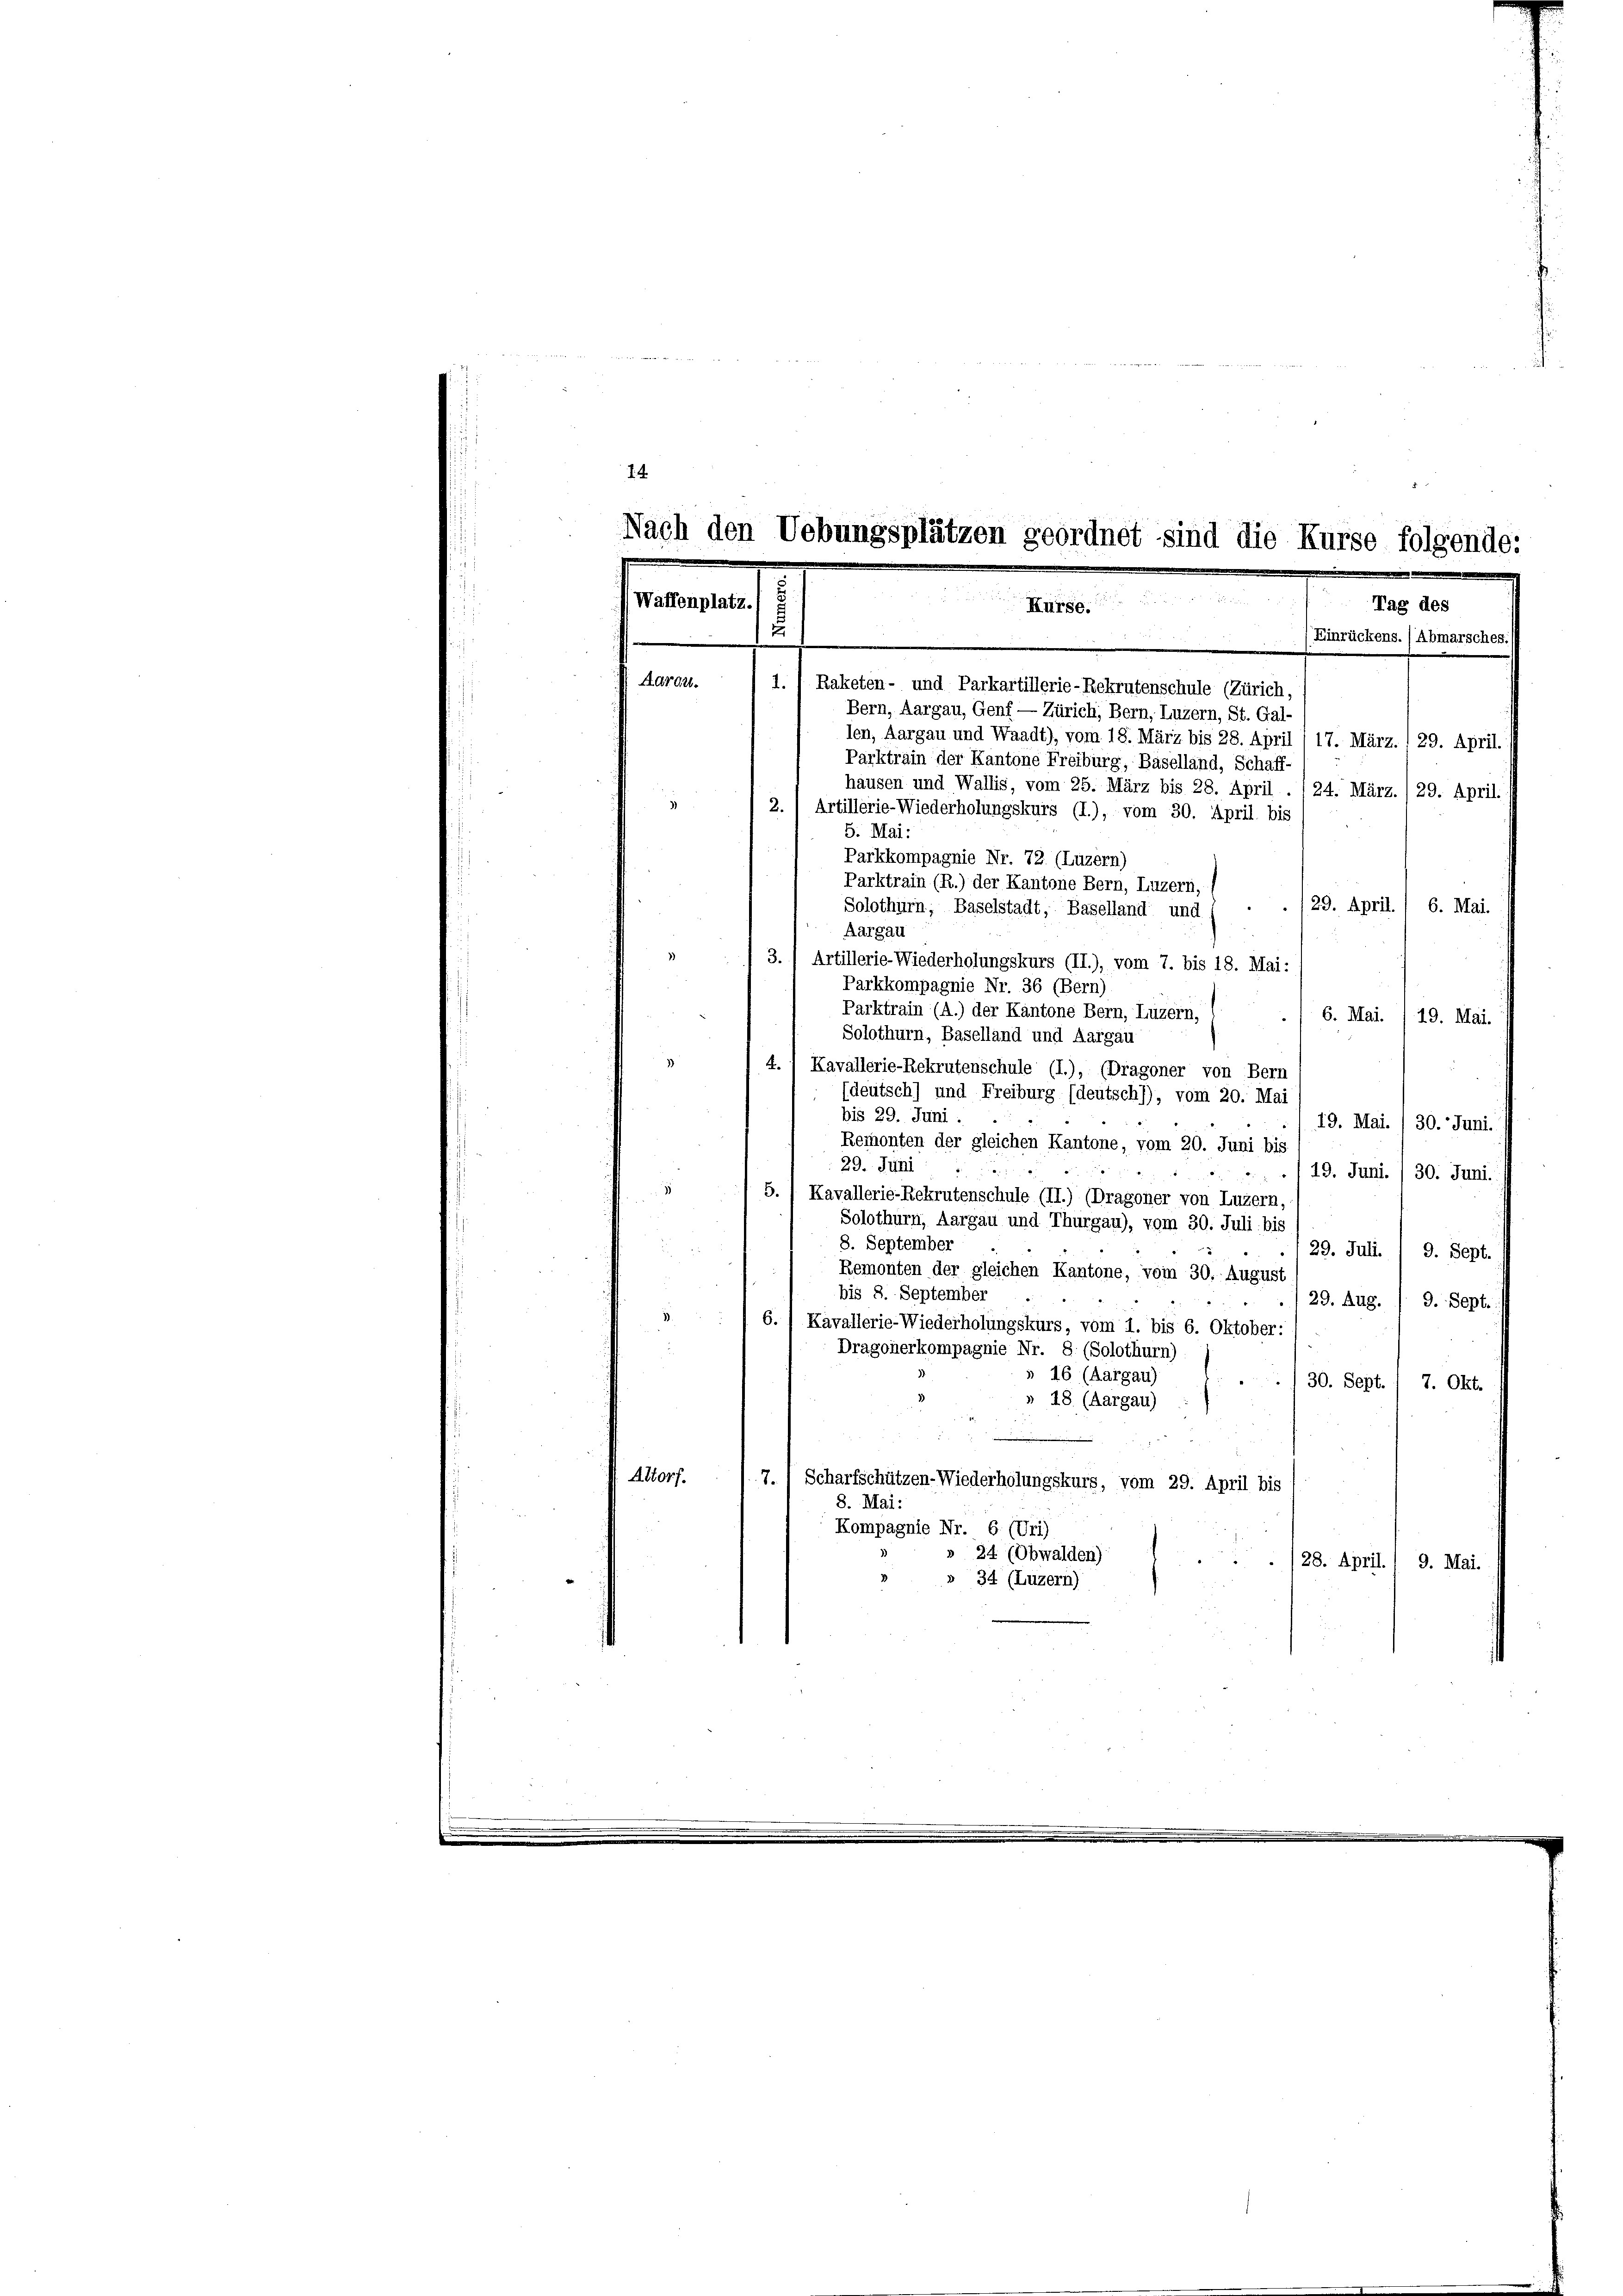
14
Nach den
Uebungsplätzen geordnet sind die Kurse folgende:

sement
Kürg.
Tag des
u
u
(Einrückens. (Abmarsches.)
Adrgl.
1.) Raketen- und Parkartillerie-Rekrutenschule (Zürich,
Bern, Aargau, Genf — Zürich, Bern, Luzern, St. Gal-
len, Aargau und Waadt), vom 18. März bis 28. April /17. März./29. April.

Parktrain der Kantone Freiburg, Baselland, Schaff-
hausen und Wallis, vom 25. März bis 28. April . 124. März./29. April.
2.) Artillerie-Wiederholungskurs (I.), vom 30. April bis
5. Mai:
Parktrain (R.) der Kantone Bern, Luzern,
/29. April. / 6. Mai.
Solothurn, Baselstadt, Baselland und
Aargau
3. / Artillerie-Wiederholungskurs (II.), vom 7. bis 18. Mai:
Parkkompagnie Nr. 36 (Bern)
Parktrain (A.) der Kantone Bern, Luzern,
6. Mai. 19. Mai.
Solothurn, Baselland und Aargau
.
4.) Kavallerie-Rekrutenschule (I.), (Dragoner von Bern
(deutsch) und Freiburg (deutsch)), vom 20. Mai
bis 29. Juni.
19. Mai. /30. Juni.
Remonten der gleichen Kantone, vom 20. Juni bis
29. Juni
19. Juni. / 30. Juni.
1
5. / Kavallerie-Rekrutenschule (II.) (Dragoner von Luzern,
Solothurn, Aargau und Thurgau), vom 30. Juli bis
8. September
/29. Juli. / 9. Sept.
Remonten der gleichen Kantone, vom 30. August
bis 8. September
29. Aug. / 9. Sept.
6.) Kavallerie-Wiederholungskurs, vom 1. bis 6. Oktober:
Dragonerkompagnie Nr. 8 (Solothurn).
16 (Aargau)
30. Sept.
7. Okt.
» 48 (Aargau)
Altorf.
7. Scharfschützen-Wiederholungskurs, vom 29. April bis
8. Mai:
Kompagnie Nr. 6 (Uri)
24 (Obwalden)
28. April. 1 9. Mai.
34 (Luzern)

Parkkompagnie Nr. 72. (Luzern)